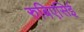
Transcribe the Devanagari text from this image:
रुबिएसिई